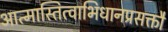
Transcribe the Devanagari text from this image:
आत्मास्तित्वाभिधानप्रसक्तौ